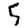
Digit: 5